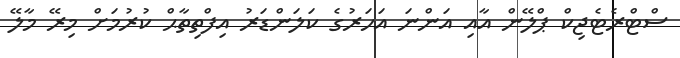
ސްޓްރެޓެޖިކް ޕްލޭން އާއި އަންނަ އަހަރުގެ ކަލަންޑަރު އިފްތިތާޙް ކުރުމަށް މިރޭ މާލޭ